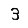
Digit: 3